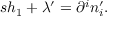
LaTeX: s h _ { 1 } + \lambda ^ { \prime } = \partial ^ { i } n _ { i } ^ { \prime } .